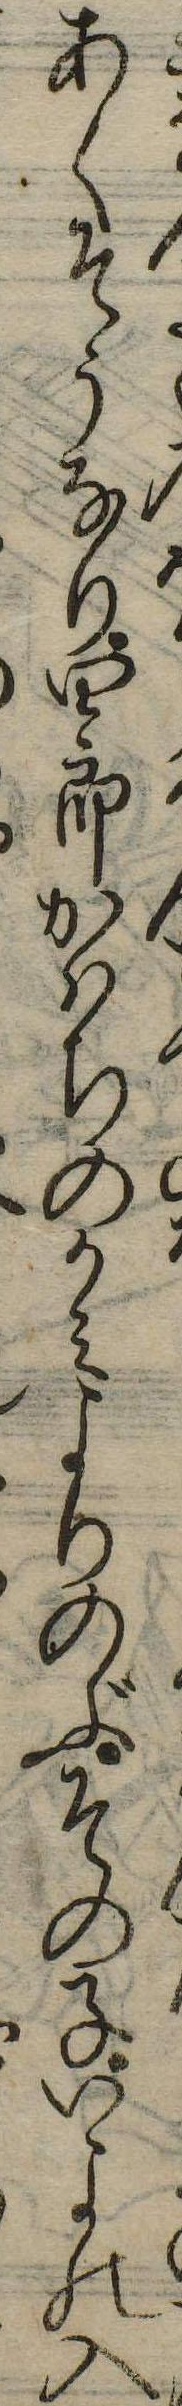
あくそうなり四郎かはちのかみよりのぶその子いよの入